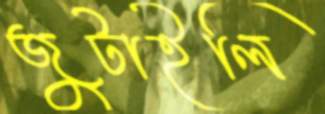
জুটাইলি